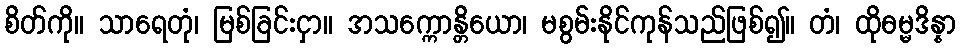
စိတ်ကို။ သာရေတုံ၊ မြစ်ခြင်းငှာ။ အသက္ကောန္တိယော၊ မစွမ်းနိုင်ကုန်သည်ဖြစ်၍။ တံ၊ ထိုဓမ္မဒိန္နာ